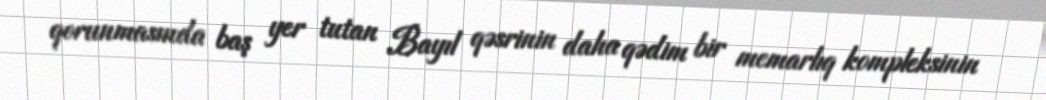
qorunmasında baş yer tutan Bayıl qəsrinin daha qədim bir memarlıq kompleksinin